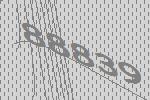
88839